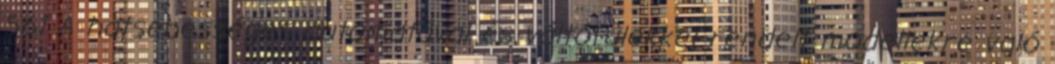
561 A hatsebességes automatával és váltófülekkel rendelt modellekre való